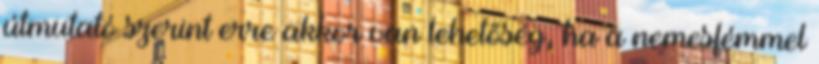
útmutató szerint erre akkor van lehetőség, ha a nemesfémmel